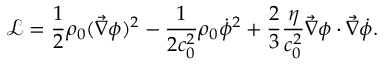
\mathcal { L } = \frac 1 2 \rho _ { 0 } ( \vec { \nabla } \phi ) ^ { 2 } - \frac { 1 } { 2 c _ { 0 } ^ { 2 } } \rho _ { 0 } \dot { \phi } ^ { 2 } + \frac 2 3 \frac { \eta } { c _ { 0 } ^ { 2 } } \vec { \nabla } \phi \cdot \vec { \nabla } \dot { \phi } .